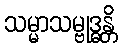
သမ္မာသမ္ဗုဒ္ဓန္တိ